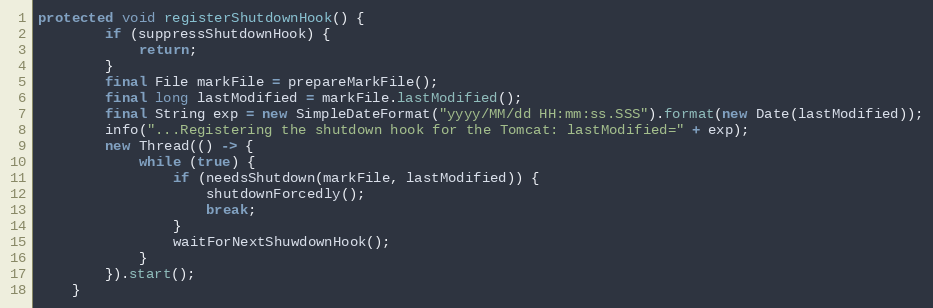
Language: Java
protected void registerShutdownHook() {
        if (suppressShutdownHook) {
            return;
        }
        final File markFile = prepareMarkFile();
        final long lastModified = markFile.lastModified();
        final String exp = new SimpleDateFormat("yyyy/MM/dd HH:mm:ss.SSS").format(new Date(lastModified));
        info("...Registering the shutdown hook for the Tomcat: lastModified=" + exp);
        new Thread(() -> {
            while (true) {
                if (needsShutdown(markFile, lastModified)) {
                    shutdownForcedly();
                    break;
                }
                waitForNextShuwdownHook();
            }
        }).start();
    }